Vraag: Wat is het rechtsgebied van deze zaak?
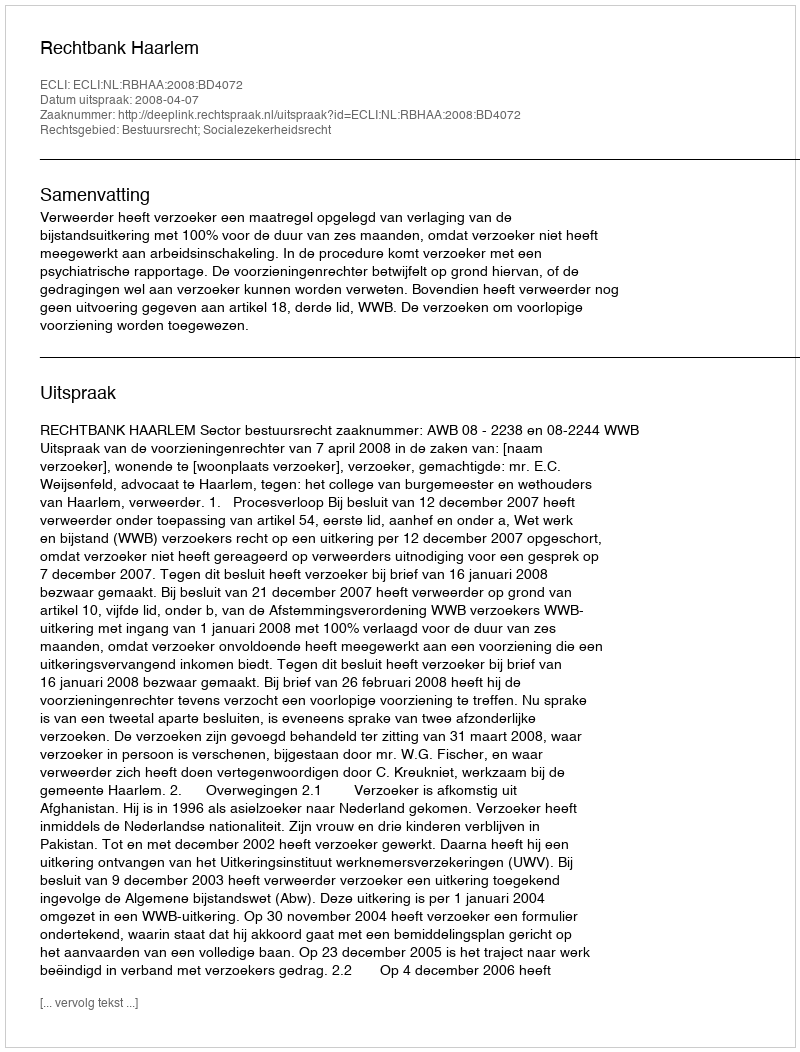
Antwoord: Bestuursrecht; Socialezekerheidsrecht